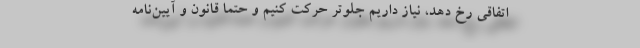
اتفاقی رخ دهد، نیاز داریم جلوتر حرکت کنیم و حتما قانون و آیین‌نامه